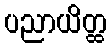
ပညာယိတ္ထ